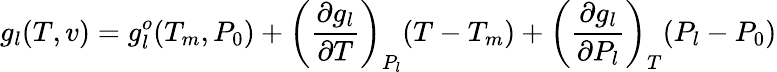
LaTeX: g_{l}(T,v)=g_{l}^{o}(T_{m},P_{0})+\left(\frac{\partial g_{l}}{\partial T}\right)_{P_{l}}(T-T_{m})+\left(\frac{\partial g_{l}}{\partial P_{l}}\right)_{T}(P_{l}-P_{0})